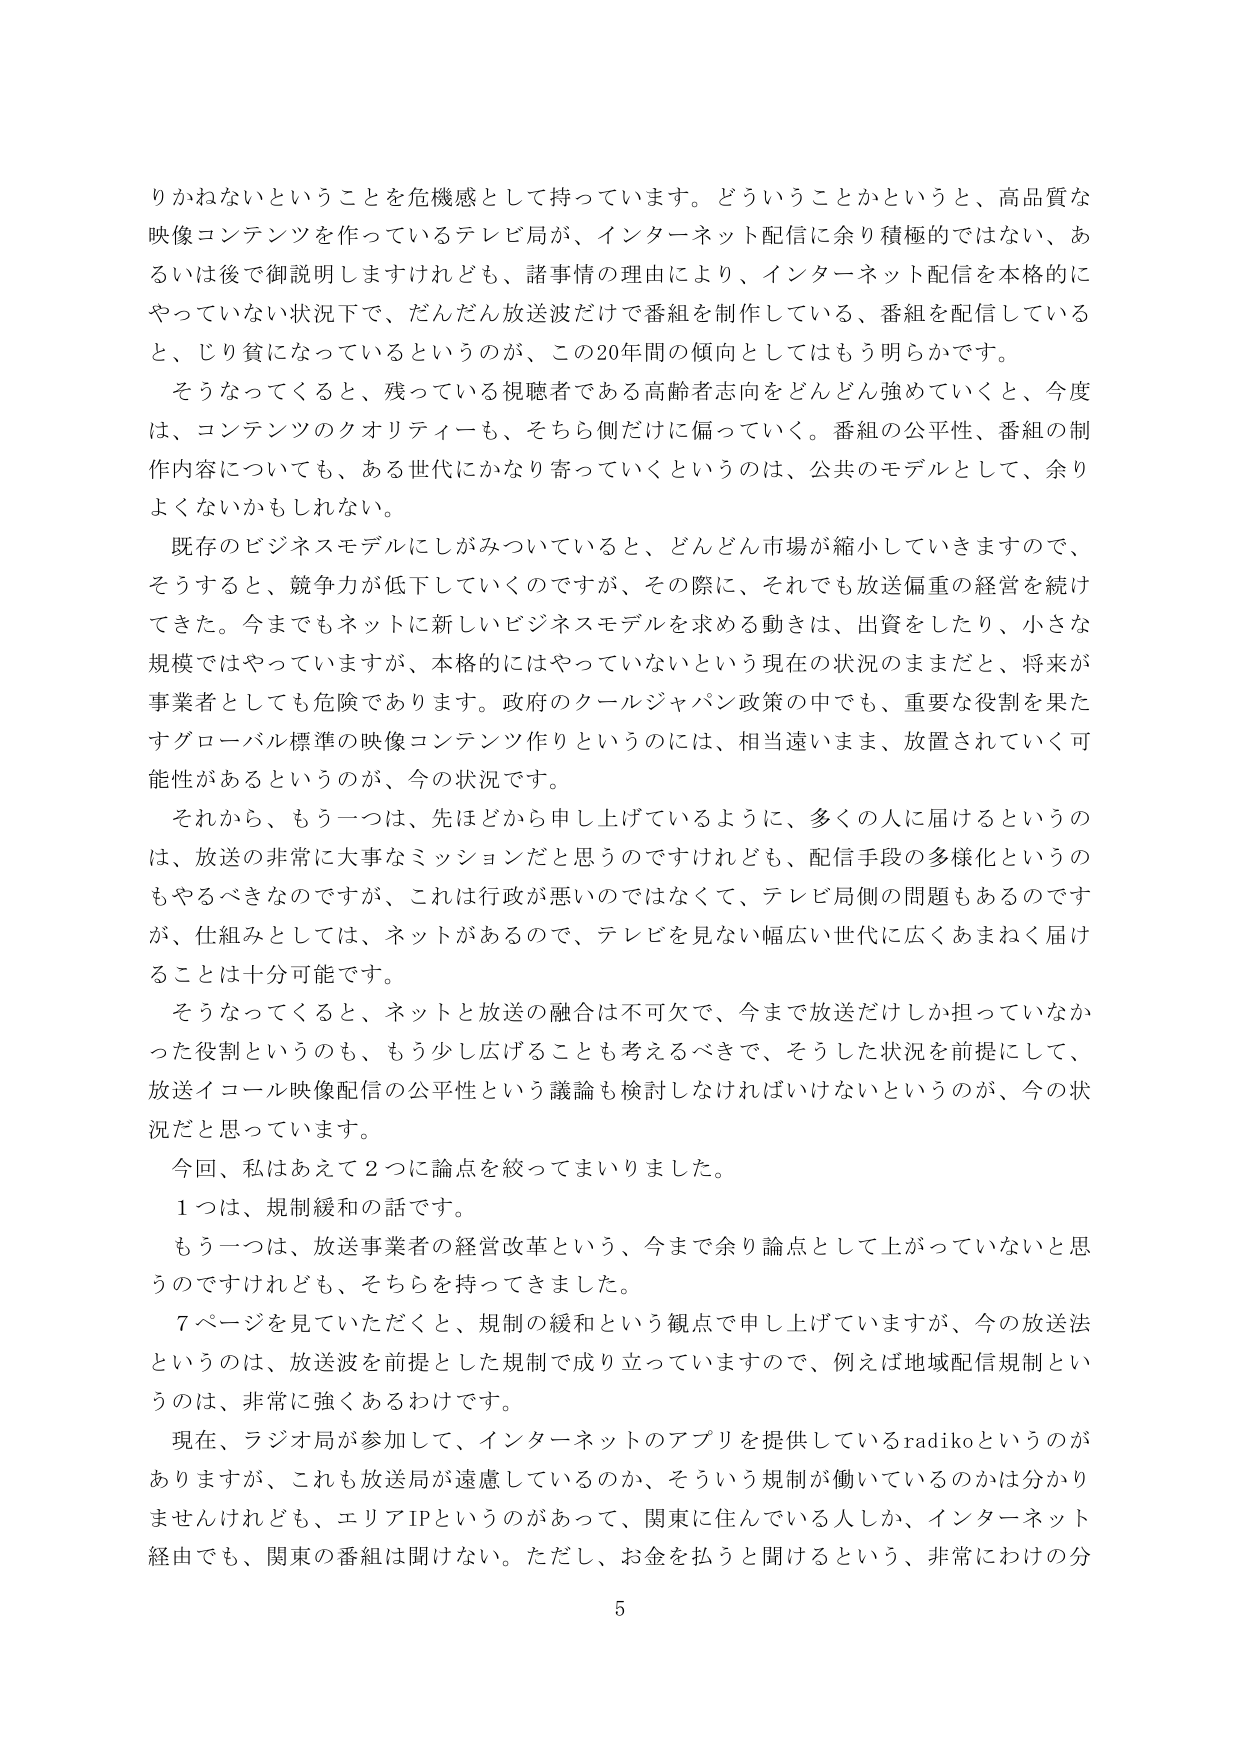
りかねないということを危機感として持っています。どういうことかというと、高品質な映像コンテンツを作っているテレビ局が、インターネット配信に余り積極的ではない、あるいは後で御説明しますけれども、諸事情の理由により、インターネット配信を本格的にやっていない状況下で、だんだん放送波だけで番組を制作している、番組を配信していると、じり貧になっているというのが、この20年間の傾向としてはもう明らかです。

そうなってくると、残っている視聴者である高齢者志向をどんどん強めていくと、今度は、コンテンツのクオリティーも数、そちら側だけに偏っていく。番組の公平性、番組の制作内容についても、ある世代にかなり寄っていくというのは、公共のモデルとして、余りよくないかもしれない。

既存のビジネスモデルにしがみついていると、どんどん市場が縮小していきますので、そうすると、競争力が低下していくのですが、その際に、それでも放送偏重の経営を続けてきた。今まででもネットに新しいビジネスモデルを求める動きは、出資をしたり、小さな規模ではやっていますが、本格的にはやっていないという現在の状況のままだと、将来が事業者としても危険であります。政府のクールジャパン政策の中でも、重要な役割を果たすグローバル標準の映像コンテンツ作りというのは、相当遠いまま、放置されていく可能性があるというのが、今の状況です。

それから、もう一つは、先ほどから申し上げているように、多くの人に届けるというのは、放送の非常に大事なミッションだと思うのですけれども、配信手段の多様化というのもやるべきなのですが、これは行政が悪いのではなくて、テレビ局側の問題もあるのですが、仕組みとしては、ネットがあるので、テレビを見ない幅広い世代に広くあまねく届けることは十分可能です。

そうなってくると、ネットと放送の融合は不可欠で、今まで放送だけしか担っていなかった役割というのも、もう少し広げることも考えるべきで、そうした状況を前提にして、放送イコール映像配信の公平性という議論も検討しなければいけないというのが、今の状況だと思っています。

今回、私はあえて2つに論点を絞ってまいりました。

1つは、規制緩和の話です。

もう一つは、放送事業者の経営改革という、今まで余り論点として上がっていないうのですけれども、そちらを持ってきました。

7ページを見ていただくと、規制の緩和という観点で申し上げていますが、今の放送法というのは、放送波を前提とした規制で成り立っていますので、例えば地域配信規制というのは、非常に強くあるわけです。

現在、ラジオ局が参加して、インターネットのアプリを提供しているradikoというのがありますが、これも放送局が遠慮しているのか、そういう規制が働いているのかは分かりませんけれども、エリアIPというのがあって、関東に住んでいる人しか、インターネット経由でも、関東の番組は聞けない。ただし、お金を払うと聞けるという、非常にわけの分

5